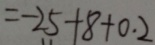
= - 2 5 + 8 + 0 . 2